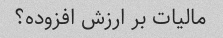
مالیات بر ارزش افزوده؟